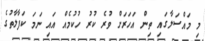
މި މައްސަލާގައި ތިން އަހަރަށް ވުރެ ކުރު ހުކުމެއް އައި ނަމަ ކަފާލާތުގެ